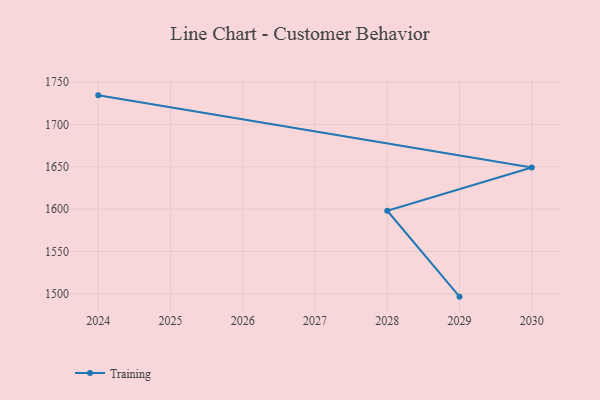
{"axis": {"x": "Year", "y": "Temperature (°C)"}, "legend": ["Training"], "data": [{"x": "2024", "y": 1734.3, "type": "Training"}, {"x": "2030", "y": 1649.1, "type": "Training"}, {"x": "2028", "y": 1598.1, "type": "Training"}, {"x": "2029", "y": 1496.6, "type": "Training"}]}